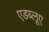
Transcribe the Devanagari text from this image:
एडब्लूए